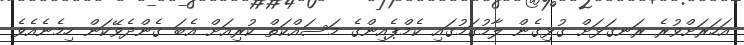
އަހަރަށްވުރެ ރަނގަޅަށް ގުޅިގެން ލާމުގަމުގައި ކެމްޕެއިންގެ މަސައްކަތް ކުރިއަށް އެބަ ގެންދެވޭކަން ހިމެނެއެވެ.